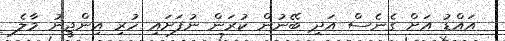
އައްޑު އަށް ގެނެސް އަދި ބޭނުން ކުރަން ނުފަށައި ހުރި އިންޖީނު މާލެ